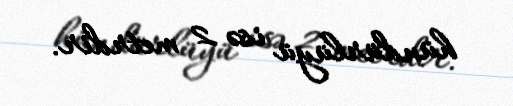
hündürlüyü isə 2 metrdir.